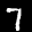
Label: 7